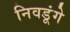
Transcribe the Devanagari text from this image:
निवडूंगे